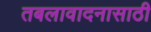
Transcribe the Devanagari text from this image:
तबलावादनासाठी